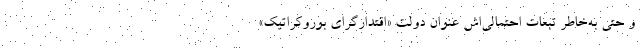
و حتی به‌خاطر تبعات احتمالی‌اش عنوان دولت «اقتدارگرای بوروکراتیک»